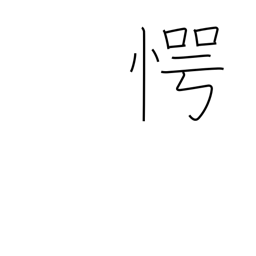
Meaning: surprised